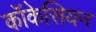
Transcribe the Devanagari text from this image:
कॉकेसियन